Annual vaccination report of Bihar and Orissa - 1911-1928
Year: 1911
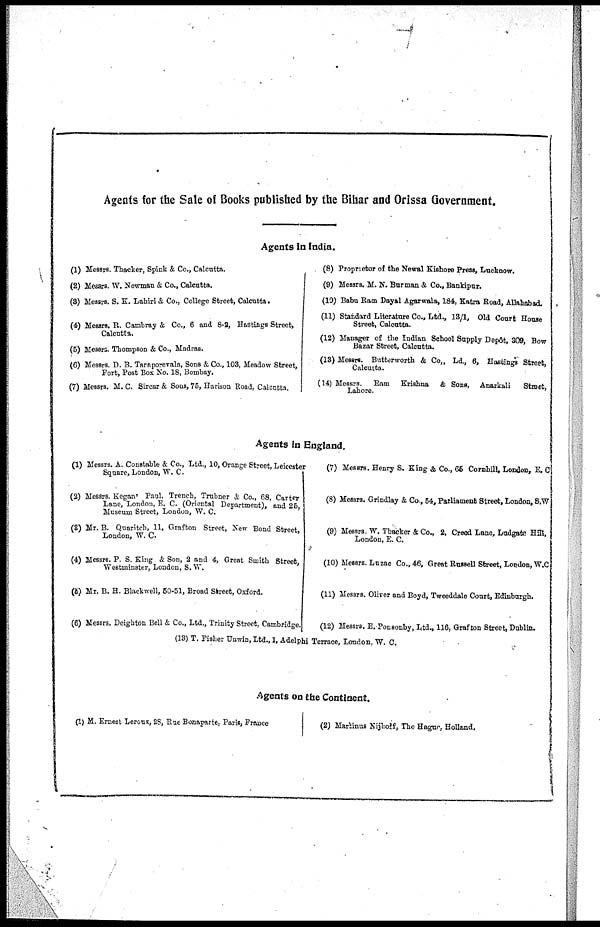
Agents for the Sale of Books published by the Bihar and Orissa Government.
Agents in India.
(1) Messrs. Thacker, Spink & Co., Calcutta.
(2) Messrs. W. Newman & Co., Calcutta.
(3) Messrs. S. K. Lahiri & Co., College Street, Calcutta.
(4) Messrs. R. Cambray & Co., 6 and 8-2, Hastings Street,
Calcutta.
(5) Messrs. Thompson & Co., Madras.
(6) Messrs. D. B. Taraporevala, Sons & Co., 103, Meadow Street,
Fort, Post Box No. 18, Bombay.
(7) Messrs. M. C. Sircar & Sons, 75, Harison Road, Calcutta.
(8) Proprietor of the Newal Kishore Press, Lucknow.
(9) Messrs. M. N. Burman & Co., Bankipur.
(10) Babu Ram Dayal Agarwala, 184, Katra Road, Allahabad.
(11) Standard Literature Co., Ltd., 13/1, Old Court House
Street, Calcutta.
(12) Manager of the Indian School Supply Depôt, 309, Bow
Bazar Street, Calcutta.
(13) Messrs. Butterworth & Co., Ld., 6, Hastings Street,
Calcutta.
(14) Messrs. Ram Krishna & Sons, Anarkali
Street,
Lahore.
Agents in England.
(1) Messrs. A. Constable & Co., Ltd., 10, Orange Street, Leicester
Square, London, W. C.
(2) Messrs. Kegan' Paul, Trench, Trubner & Co., 68, Carter
Lane, London, E. C. (Oriental Department), and 26,
Museum Street, London, W. C.
(3) Mr. B. Quaritch, 11, Grafton Street, New Bond Street,
London, W. C.
(4) Messrs. P. S. King & Son, 2 and 4, Great Smith Street,
Westminster, London, S. W.
(5) Mr. B. H. Blackwell, 50-51, Broad Street, Oxford.
(6) Messrs. Deighton Bell & Co., Ltd., Trinity Street, Cambridge.
(7) Messrs. Henry S. King & Co., 65 Cornhill London, E. C
(8) Messrs. Grindlay & Co., 54, Parliament Street, London, S.W
(9) Messrs. W. Thacker & Co., 2, Creed Lane, Ludgate Hill,
London, E. C.
(10) Messrs. Luzac Co., 46, Great Russell Street, London, W.C
(11) Messrs. Oliver and Boyd, Tweeddale Court, Edinburgh.
(12) Messrs. E. Ponsonby, Ltd., 116, Grafton Street, Dublin.
(13) T. Fisher Unwin, Ltd., 1, Adelphi Terrace, London, W. C.
Agents on the Continent.
(1) M. Ernest Leroux, 28, Rue Bonaparte, Paris, France
(2) Martinus Nijhoff, The Hague, Holland.